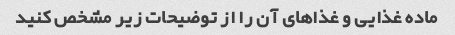
ماده غذایی و غذاهای آن را از توضیحات زیر مشخص کنید